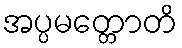
အပ္ပမတ္တောတိ